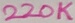
Text: 220K